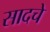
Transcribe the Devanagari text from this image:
सादचे